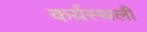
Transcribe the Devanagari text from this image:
कर्यस्थली